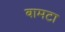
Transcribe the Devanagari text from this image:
बामटा